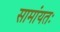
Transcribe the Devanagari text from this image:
सामांयतः